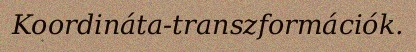
Koordináta-transzformációk.